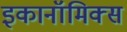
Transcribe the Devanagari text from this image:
इकानॉमिक्स